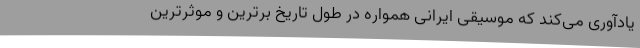
یادآوری می‌کند که موسیقی ایرانی همواره در طول تاریخ برترین و موثرترین